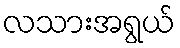
လသားအရွယ်